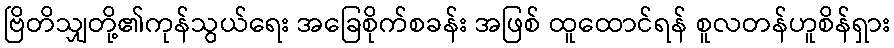
ဗြိတိသျှတို့၏ကုန်သွယ်ရေး အခြေစိုက်စခန်း အဖြစ် ထူထောင်ရန် စူလတန်ဟူစိန်ရှား